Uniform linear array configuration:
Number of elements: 4
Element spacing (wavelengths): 0.25
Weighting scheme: cosine
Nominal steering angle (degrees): -45
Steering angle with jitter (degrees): -44.453
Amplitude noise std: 0.05
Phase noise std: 0.05

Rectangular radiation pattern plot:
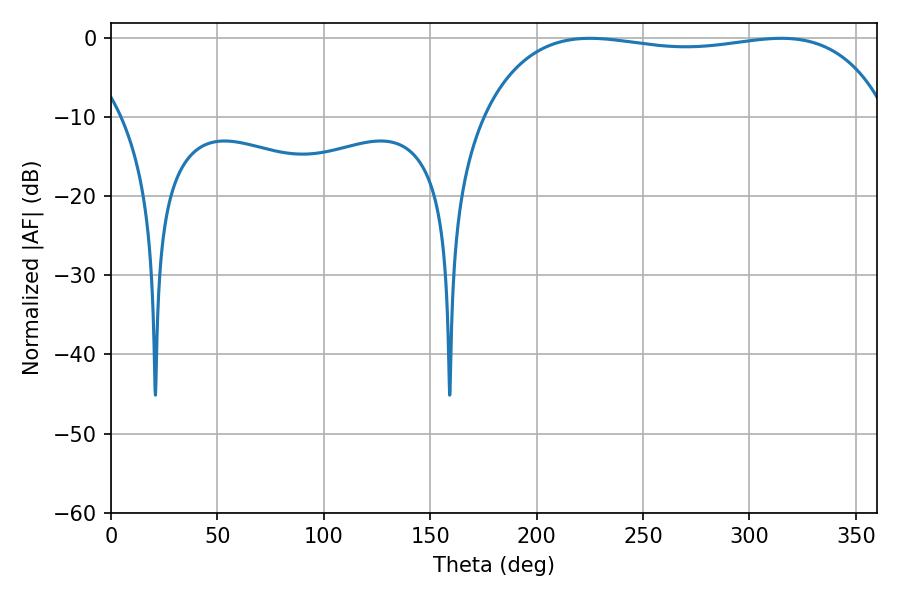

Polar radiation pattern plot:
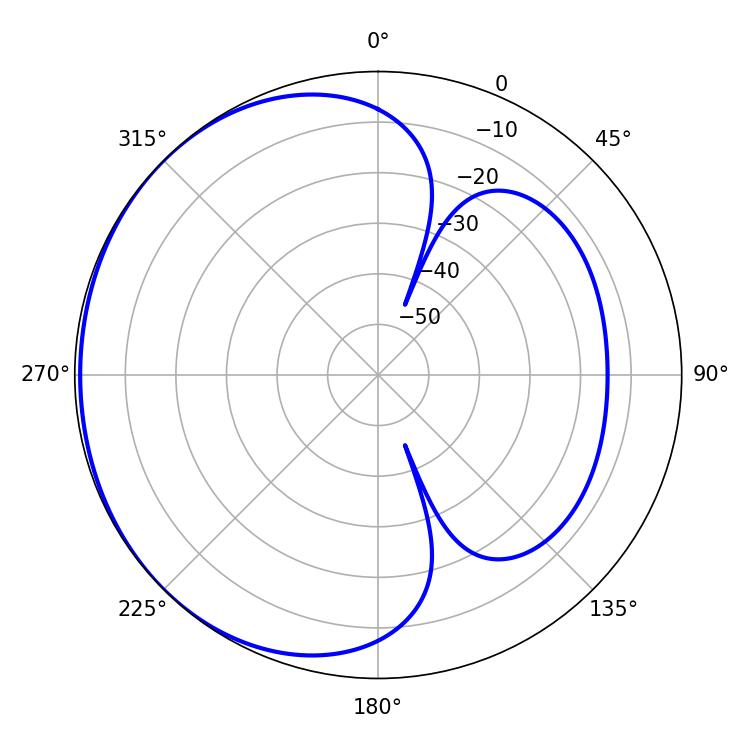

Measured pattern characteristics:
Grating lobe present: FALSE
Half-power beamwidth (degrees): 153
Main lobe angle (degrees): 225